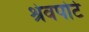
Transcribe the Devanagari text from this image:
श्रेवपोर्ट